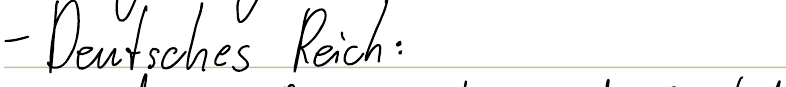
- Deutsches Reich: